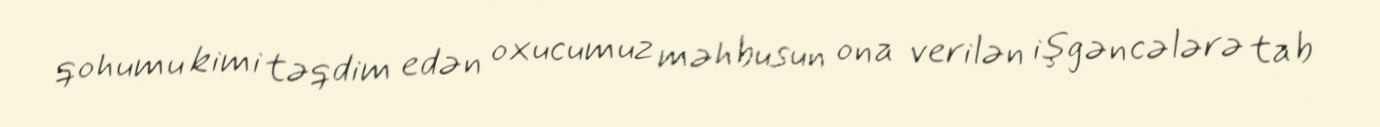
qohumu kimi təqdim edən oxucumuz məhbusun ona verilən işgəncələrə tab